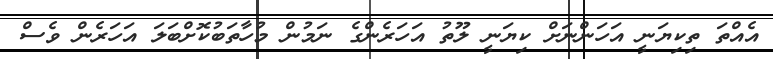
އެއްތަ ތިކިޔަނީ އަހަންނަށް ކިޔަނީ ލޫތު އަހަރެންގެ ނަމުން މުހާތަބުކޮށްބަލަ އަހަރެން ވެސް